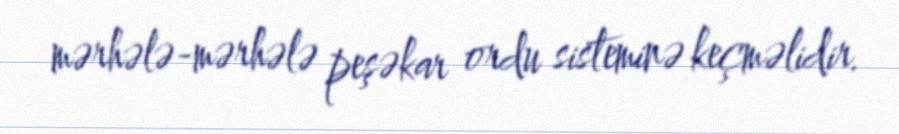
mərhələ-mərhələ peşəkar ordu sisteminə keçməlidir.